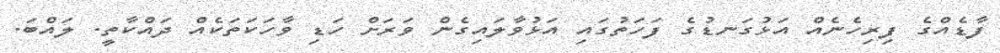
ފާޑެއްގެ ފިރިހެނެއް އަޅުގަނޑުގެ ފަހަތުގައި އަޅުވާލައިގެން ވަރަށް ހަޑި ވާހަކަތަކެއް ދައްކާތީ. ލައްބަ.